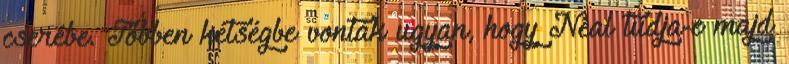
cserébe. Többen kétségbe vonták ugyan, hogy Neal tudja-e majd